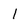
Character: l